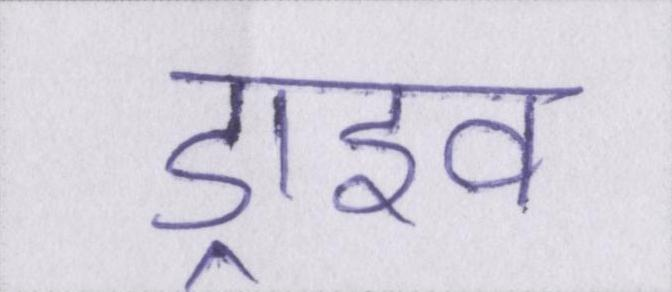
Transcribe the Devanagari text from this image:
ड्राइव